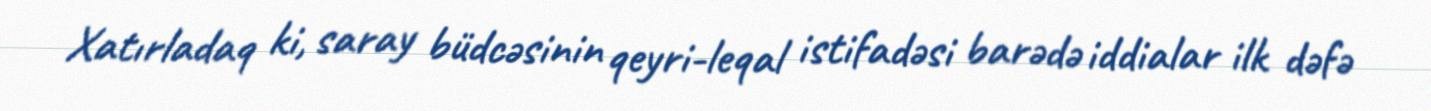
Xatırladaq ki, saray büdcəsinin qeyri-leqal istifadəsi barədə iddialar ilk dəfə